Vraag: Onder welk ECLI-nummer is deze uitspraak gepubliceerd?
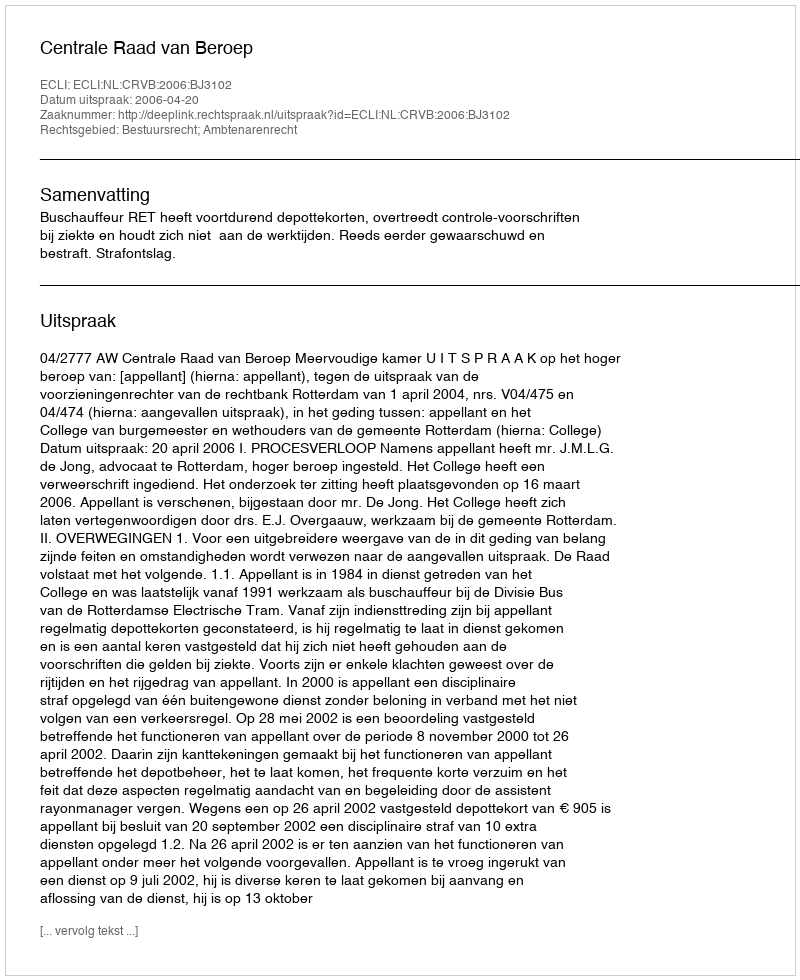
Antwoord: ECLI:NL:CRVB:2006:BJ3102